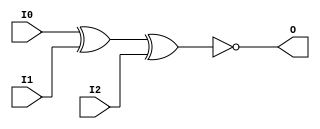

/*

FUNCTION	: 3-INPUT XNOR GATE

*/

`timescale  100 ps / 10 ps

`celldefine

module XNOR3 (O, I0, I1, I2);


    output O;

    input  I0, I1, I2;

	xnor X1 (O, I0, I1, I2);

    specify
	(I0 *> O) = (0, 0);
	(I1 *> O) = (0, 0);
	(I2 *> O) = (0, 0);
    endspecify

endmodule

`endcelldefine